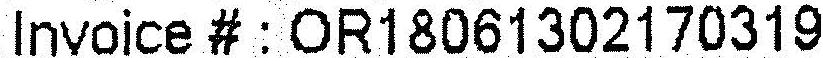
INVOICE #: OR18061302170319